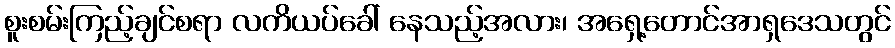
စူးစမ်းကြည့်ချင်စရာ လကိယပ်ခေါ် နေသည့်အလား၊ အရှေ့တောင်အာရှဒေသတွင်